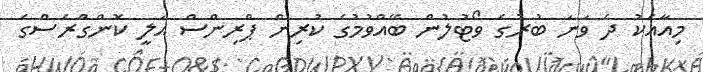
މިއާއެކު ދެ ވަނަ ބުރުގެ ވޯޓުލުން ބޭއްވުމުގެ ކުރިން ޕްރިންސް އަލީ ކޮންގްރެސްގެ